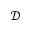
\mathcal D